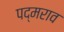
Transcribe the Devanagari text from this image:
पद्मराव